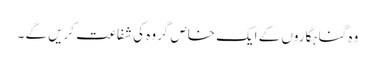
وہ گناہگاروں کے ایک خاص گروہ کی شفاعت کریں گے ۔